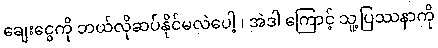
ချေးငွေကို ဘယ်လိုဆပ်နိုင်မလဲပေါ့ ၊ အဲဒါ ကြောင့် သူ့ပြဿနာကို